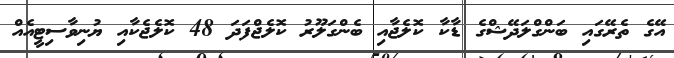
އޭގެ ތެރޭގައި ބަންގްލަދޭޝްގެ ޑާކާ ކޮލެޖާއި ބެންގަލޫރު ކޮލެޖްފަދަ 48 ކޮލެޖެކާއި ޔުނިވާސިޓީއެއް